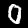
Digit: 0